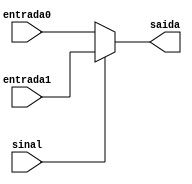
module MUX(entrada0, entrada1, sinal, saida);
	input [7:0]entrada1, entrada0;
	input sinal;
	output reg [7:0] saida;
	
	always @(*) begin
		if(sinal) begin
			saida = entrada1;
		end
		else begin 
			saida = entrada0;
		end
	end
endmodule